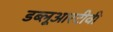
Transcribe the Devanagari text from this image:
डब्लूआरटीवी